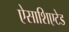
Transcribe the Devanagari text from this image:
ऐसाशिएटेड